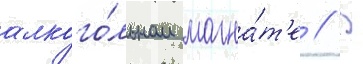
алкого́льном магна́т'е // В